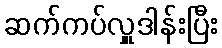
ဆက်ကပ်လှူဒါန်းပြီး